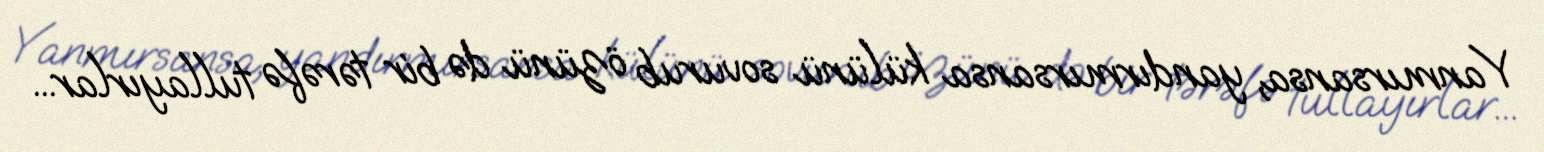
Yanmırsansa, yandırmırsansa külünü sovurub özünü də bir tərəfə tullayırlar...